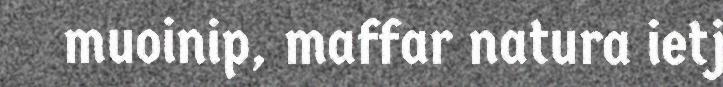
muoinip, maffar natura ietj